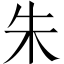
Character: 朱